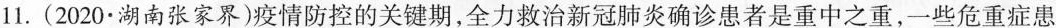
11.（2020·湖南张家界）疫情防控的关键期，全力救治新冠肺炎确诊患者是重中之重，一些危重病患